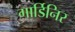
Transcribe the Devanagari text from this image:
गार्डिनिर